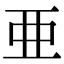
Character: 亜